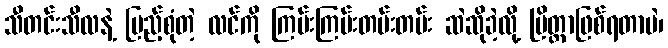
သီတင်းသီလနဲ့ ပြည့်စုံတဲ့ လင်ကို ကြမ်းကြမ်းတမ်းတမ်း ဆဲဆိုခဲ့လို့ ပြိတ္တာဖြစ်ရတာပဲ၊